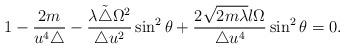
LaTeX: \begin{align*} 1-\frac{2m} {u^4 \triangle}-\frac{\lambda \tilde{\triangle} \Omega^2}{\triangle u^2} \sin^2\theta +\frac{2\sqrt{2m\lambda}l\Omega}{\triangle u^4} \sin^2 \theta =0.\end{align*}